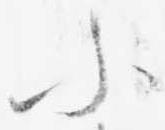
小